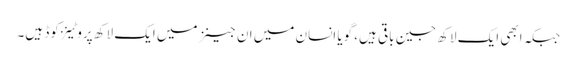
جبکہ ابھی ایک لاکھ جین باقی ہیں، گویا انسان میں ان جینز میں ایک لاکھ پروٹینز کوڈ ہیں۔